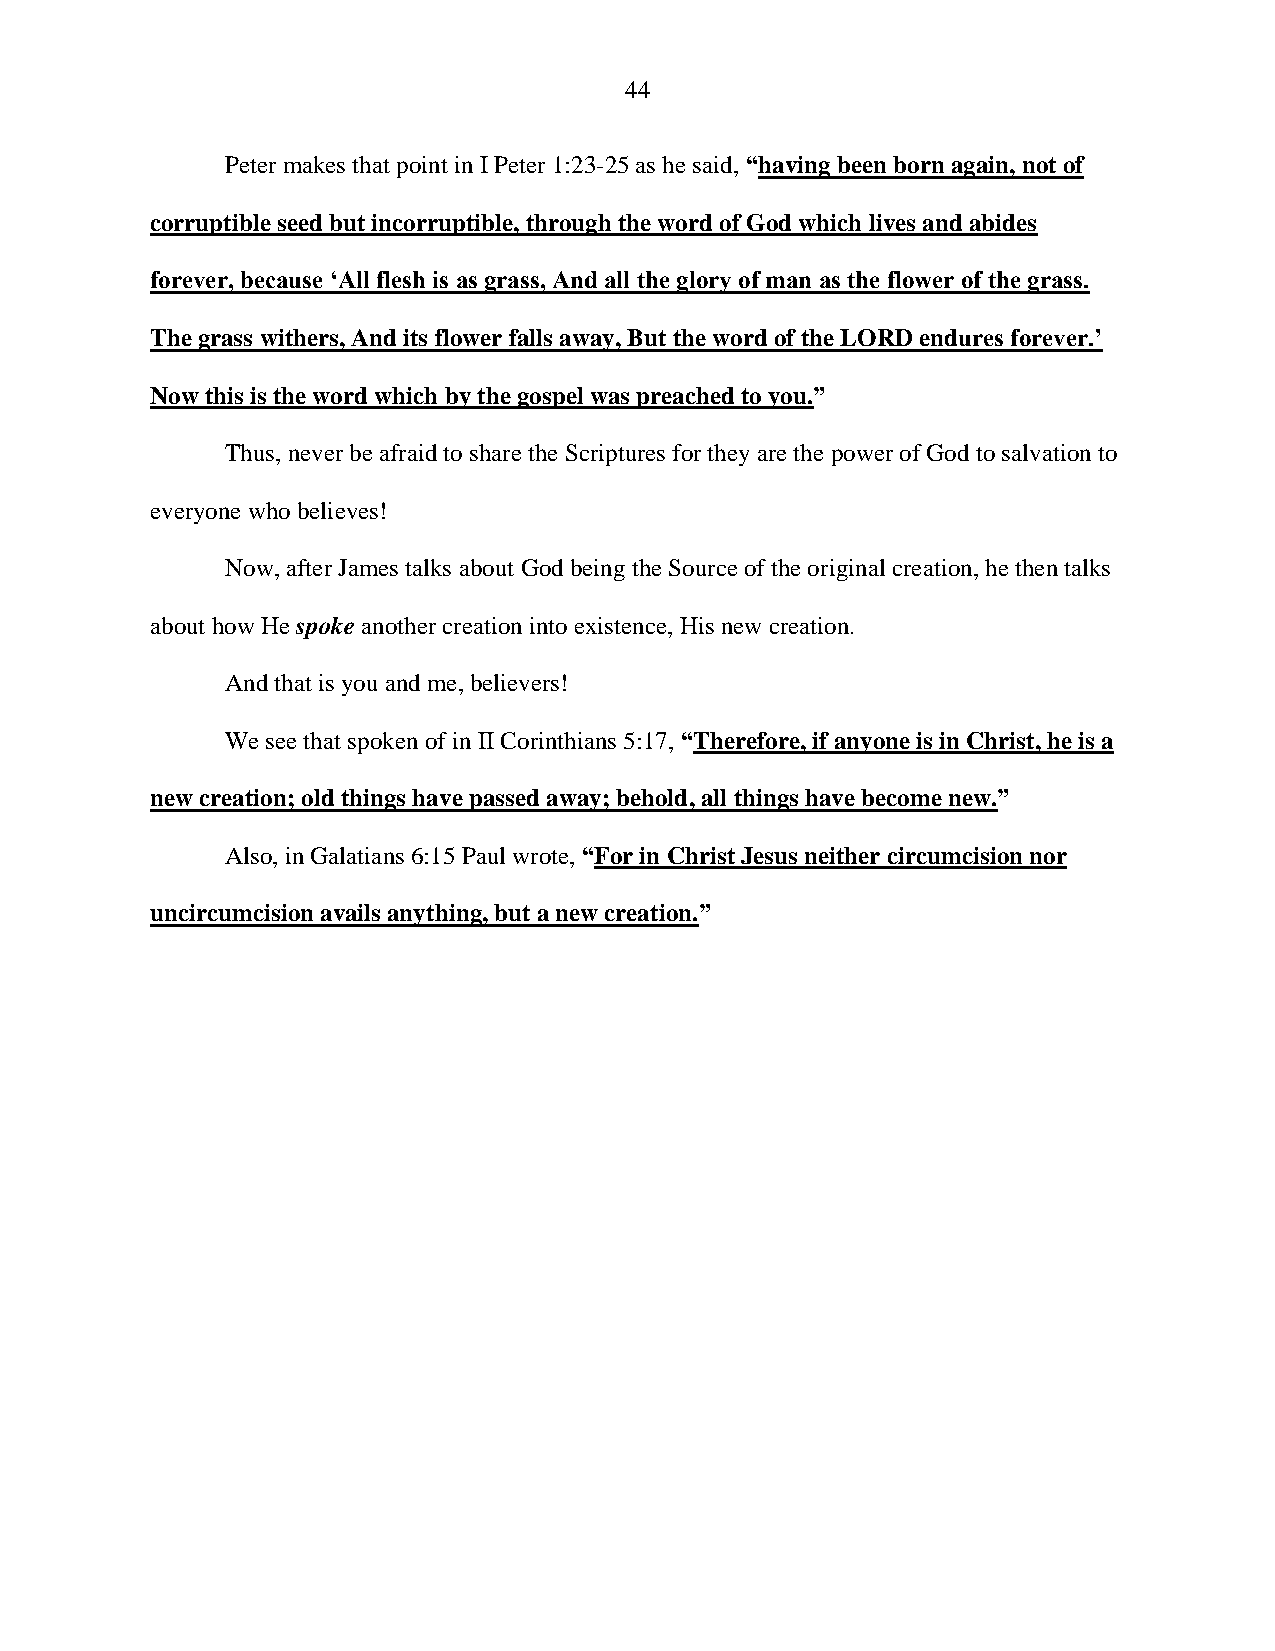
44
 Peter makes that point in I Peter 1:23-25 as he said, “having been born again, not of
 corruptible seed but incorruptible, through the word of God which lives and abides
 forever, because ‘All flesh is as grass, And all the glory of man as the flower of the grass.
 The grass withers, And its flower falls away, But the word of the LORD endures forever.’
 Now this is the word which by the gospel was preached to you.”
 Thus, never be afraid to share the Scriptures for they are the power of God to salvation to
 everyone who believes!
 Now, after James talks about God being the Source of the original creation, he then talks
 about how He spoke another creation into existence, His new creation.
 And that is you and me, believers!
 We see that spoken of in II Corinthians 5:17, “Therefore, if anyone is in Christ, he is a
 new creation; old things have passed away; behold, all things have become new.”
 Also, in Galatians 6:15 Paul wrote, “For in Christ Jesus neither circumcision nor
 uncircumcision avails anything, but a new creation.”